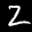
Label: 2